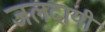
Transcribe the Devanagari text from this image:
जलदायी